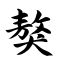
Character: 獒